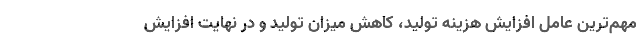
مهم‌ترین عامل افزایش هزینه تولید، کاهش میزان تولید و در نهایت افزایش